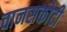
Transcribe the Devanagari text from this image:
वानसकोटी